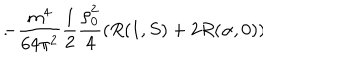
- \frac { m ^ { 4 } } { 6 4 \pi ^ { 2 } } \frac 1 2 \frac { \rho _ { 0 } ^ { 2 } } 4 ( R ( 1 , S ) + 2 R ( \alpha , 0 ) ) \hspace { 1 c m } .